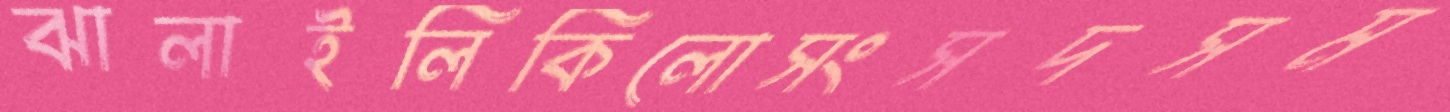
ঝালাইলিকিলোসংসদসম